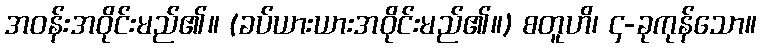
အဝန်းအဝိုင်းမည်၏။ (ခပ်ယားယားအဝိုင်းမည်၏။) စတူဟိ၊ ၄-ခုကုန်သော။